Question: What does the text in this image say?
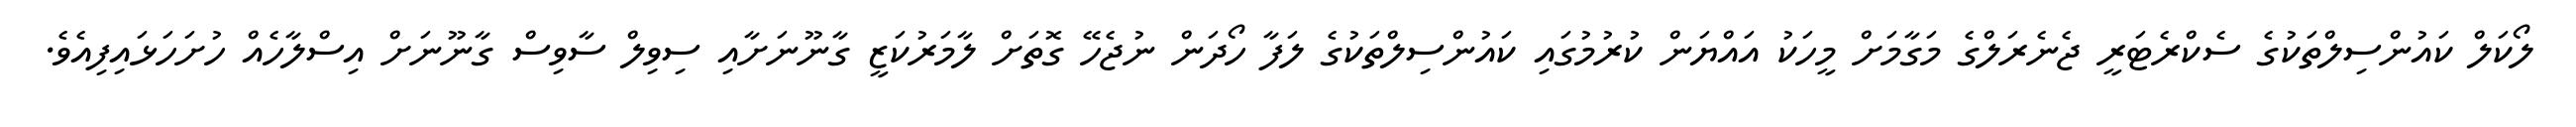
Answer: ލޯކަލް ކައުންސިލްތަކުގެ ސެކްރެޓަރީ ޖެނެރަލްގެ މަގާމަށް މީހަކު އައްޔަން ކުރުމުގައި ކައުންސިލްތަކުގެ ލަފާ ހޯދަން ނުޖެހޭ ގޮތަށް ލާމަރުކަޒީ ގާނޫނަށާއި ސިވިލް ސާވިސް ގާނޫނަށް އިސްލާހެއް ހުށަހަޅައިފިއެވެ.